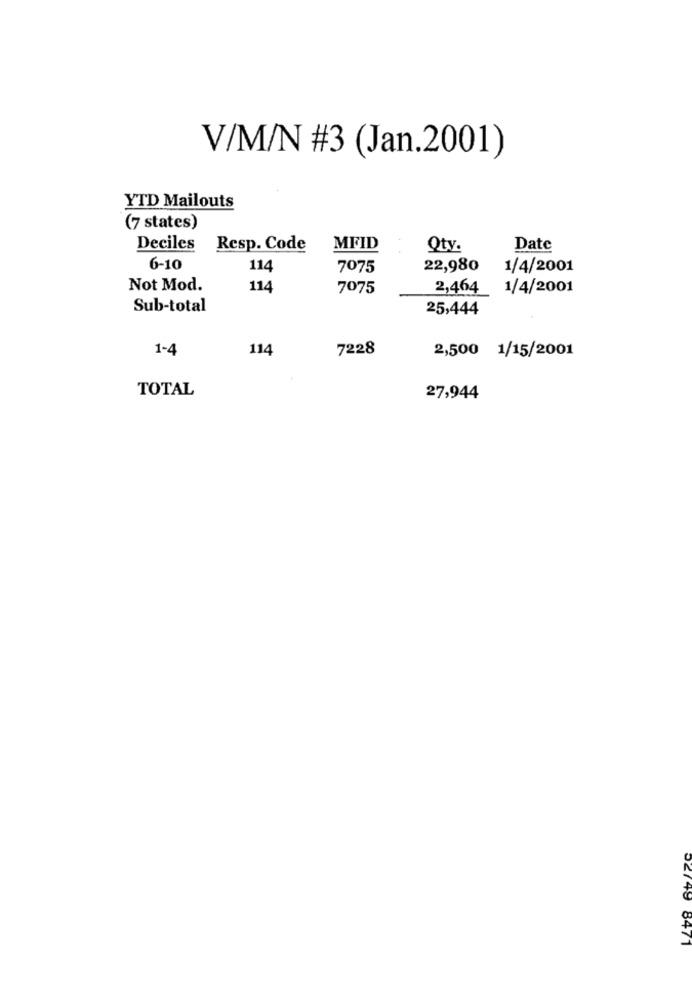
V/M/N #3 (Jan.2001)
YTD Mailouts
(7 states)
Deciles
Resp. Code
MFID
Qty.
Date
6-10
114
7075
22,980
1/4/2001
Not Mod.
114
7075
2,464
1/4/2001
Sub-total
25,444
1-4
114
7228
2,500 1/15/2001
TOTAL
27,944
02749 8471